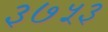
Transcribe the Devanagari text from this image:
३७५३